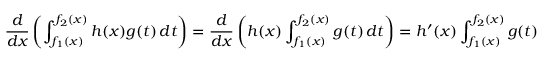
{ \frac { d } { d x } } \left( \int _ { f _ { 1 } ( x ) } ^ { f _ { 2 } ( x ) } h ( x ) g ( t ) \, d t \right) = { \frac { d } { d x } } \left( h ( x ) \int _ { f _ { 1 } ( x ) } ^ { f _ { 2 } ( x ) } g ( t ) \, d t \right) = h ^ { \prime } ( x ) \int _ { f _ { 1 } ( x ) } ^ { f _ { 2 } ( x ) } g ( t ) \, d t + h ( x ) { \frac { d } { d x } } \left( \int _ { f _ { 1 } ( x ) } ^ { f _ { 2 } ( x ) } g ( t ) \, d t \right)